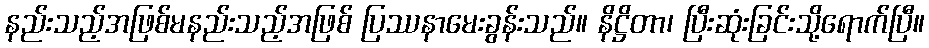
နည်းသည့်အဖြစ်မနည်းသည့်အဖြစ် ပြဿနာမေးခွန်းသည်။ နိဋ္ဌိတာ၊ ပြီးဆုံးခြင်းသို့ရောက်ပြီ။